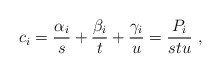
\begin{align*}c_i=\frac{\alpha_i}{s}+\frac{\beta_i}{t}+\frac{\gamma_i}{u}=\frac{P_i}{stu}\ ,\end{align*}